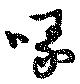
喙